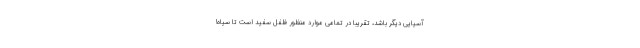
آسیایی دیگر باشد، تقریبا در تمامی موارد منظور فلفل سفید است تا سیاه!